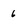
Character: 6